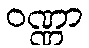
ဝဏ္ဏာ